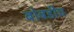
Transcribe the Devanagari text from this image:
बोबडीच